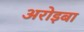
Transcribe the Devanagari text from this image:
अरोइबा